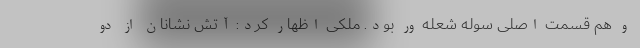
و هم قسمت اصلی سوله شعله ور بود. ملکی اظهار کرد: آتش نشانان از دو